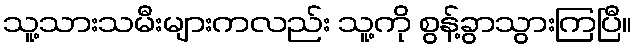
သူ့သားသမီးများကလည်း သူ့ကို စွန့်ခွာသွားကြပြီ။